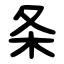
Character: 条